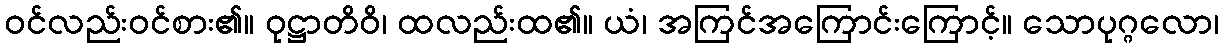
ဝင်လည်းဝင်စား၏။ ဝုဋ္ဌာတိဝိ၊ ထလည်းထ၏။ ယံ၊ အကြင်အကြောင်းကြောင့်။ သောပုဂ္ဂလော၊